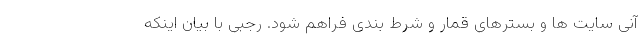
آنی سایت ها و بسترهای قمار و شرط بندی فراهم شود. رجبی با بیان اینکه